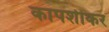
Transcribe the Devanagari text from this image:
कापशीकर